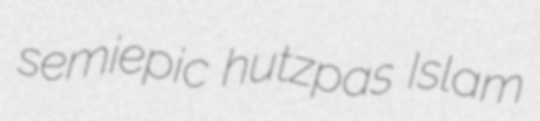
semiepic hutzpas Islam